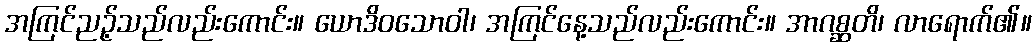
အကြင်ညဉ့်သည်လည်းကောင်း။ ယောဒိဝသောဝါ၊ အကြင်နေ့သည်လည်းကောင်း။ အာဂစ္ဆတိ၊ လာရောက်၏။